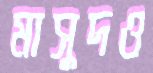
মাসুদও